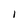
Character: 1